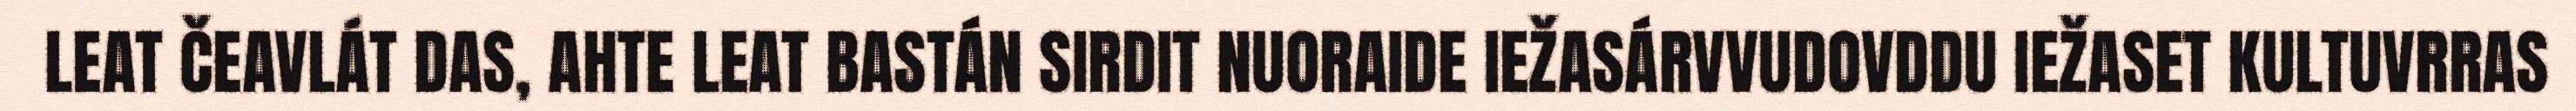
LEAT ČEAVLÁT DAS, AHTE LEAT BASTÁN SIRDIT NUORAIDE IEŽASÁRVVUDOVDDU IEŽASET KULTUVRRAS